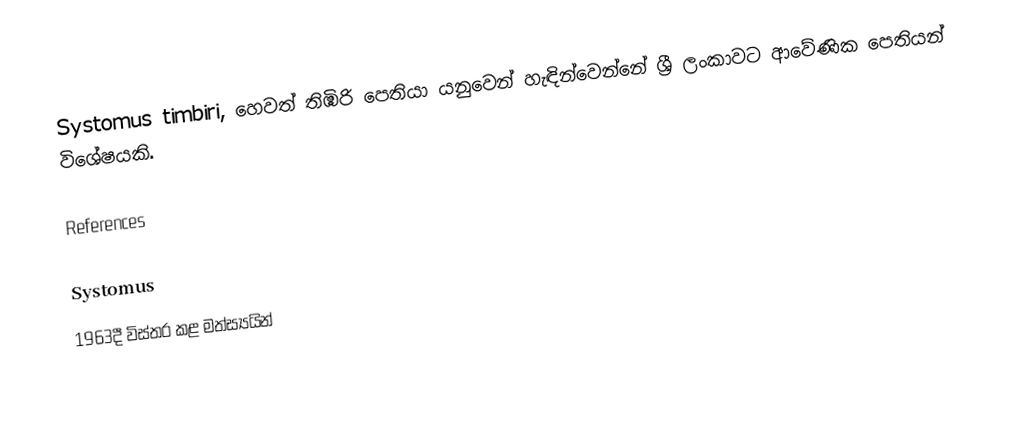
Systomus timbiri, හෙවත් තිඹිරි පෙතියා යනුවෙන් හැඳින්වෙන්නේ ශ්‍රී ලංකාවට ආවේණික පෙතියන් විශේෂයකි.

References

Systomus
1963දී විස්තර කළ මත්ස්‍යයින්